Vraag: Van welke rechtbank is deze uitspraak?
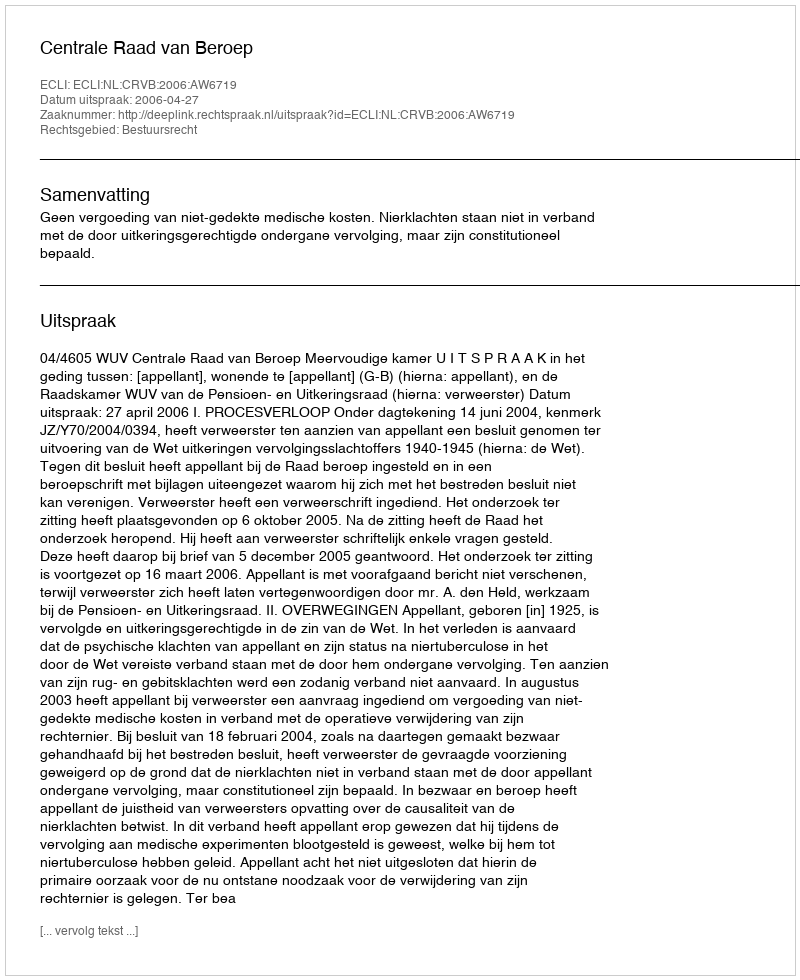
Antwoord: Centrale Raad van Beroep